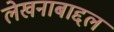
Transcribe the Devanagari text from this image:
लेखनाबाद्दल